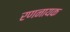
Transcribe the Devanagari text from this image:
रणनायक